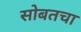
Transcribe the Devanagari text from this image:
सोबतचा